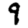
Digit: 9